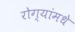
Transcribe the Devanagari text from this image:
रोग्यांमधे